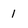
Character: 1